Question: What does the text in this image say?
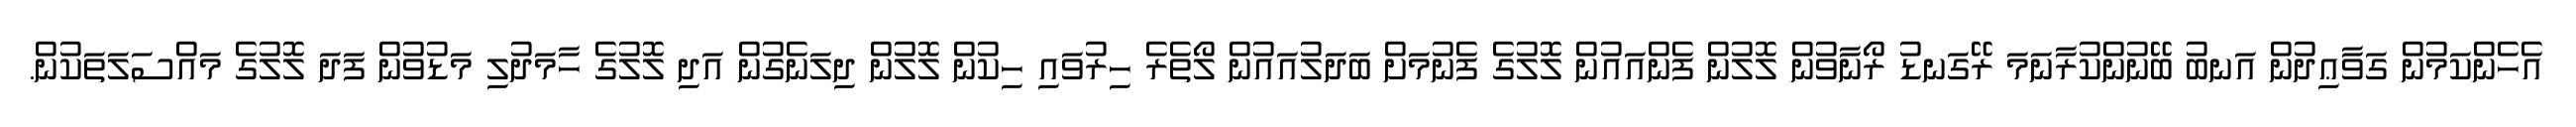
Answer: އެހެންކަމުން ގަވާޢިދުން އަނބު ބޭނުންކުރާނަމަ ރޭގަނޑު ރޯނާވުން ލޮލުން ފެންއައުން ލޮލުގެ ފެނުމަށް ބަދަލުއައުން ލޯތެރެ ހިރުވައި ހިކުން ލޮލުން ދިލަނެގުން އަދި ލޮލުގެ ހާމަދުލި މަޑުވުން ފަދަ ލޮލުގެ މައްސަލަތަކުން.